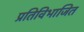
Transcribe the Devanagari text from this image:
प्रतिविभाजित